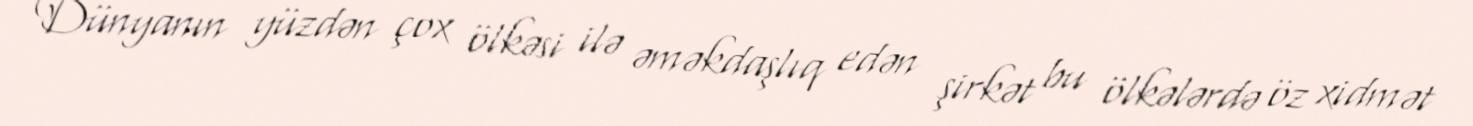
Dünyanın yüzdən çox ölkəsi ilə əməkdaşlıq edən şirkət bu ölkələrdə öz xidmət